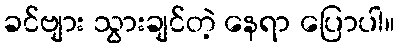
ခင်ဗျား သွားချင်တဲ့ နေရာ ပြောပါ။